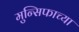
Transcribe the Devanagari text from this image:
मुन्सिफाच्या